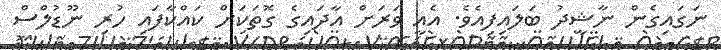
ނަގައިގެން ނާޝީދު ބަލައިފިއެވެ. އެއީ ވަރަށް އާދައިގެ ގޮތަކަށް ކައްކާފައި ހުރި ނޫޑުލްސް